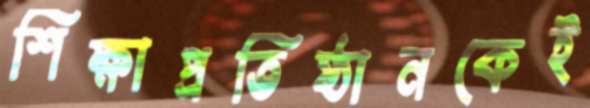
শিক্ষাপ্রতিষ্ঠানকেই